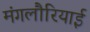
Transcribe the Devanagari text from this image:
मंगलौरियाई